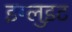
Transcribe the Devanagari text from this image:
इग्लुइट